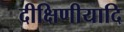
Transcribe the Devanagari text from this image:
दीक्षिणीयादि